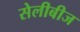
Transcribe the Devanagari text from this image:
सेलीबीज